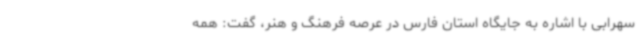
سهرابی با اشاره به جایگاه استان فارس در عرصه فرهنگ و هنر، گفت: همه